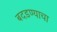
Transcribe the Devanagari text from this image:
बदडण्याचा